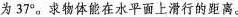
为37°。求物体能在水平面上滑行的距离。